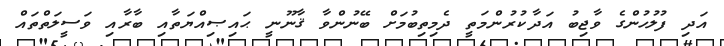
އަދި ފުލުހުންގެ ވާޖިބު އަދާކުރުންމަތީ ދެމިތިބުމަށް ބޭނުންވާ ޤާނޫނީ ޙައިޞިއްޔަތާއި ބާރާއި ވަސީލަތްތައް